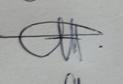
Signature authenticity: genuine